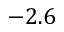
- 2 . 6